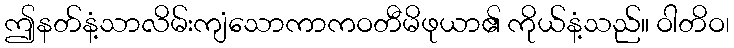
ဤနတ်နံ့သာလိမ်းကျံသောကာကဝတီမိဖုယာ၏ ကိုယ်နံ့သည်။ ဝါတိဝ၊